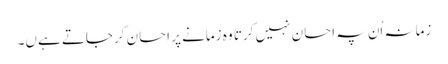
زمانہ اُن پہ احسان نہیں کرتا وہ زمانے پر احسان کرجاتے ہےں۔